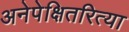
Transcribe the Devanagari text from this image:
अनेपेक्षितरित्या